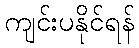
ကျင်းပနိုင်ရန်